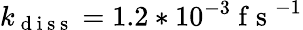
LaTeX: k_{\mathrm{~d~i~s~s~}}=1.2*10^{-3}\mathrm{~f~s~}^{-1}